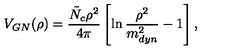
V _ { G N } ( \rho ) = \frac { \tilde { N } _ { c } \rho ^ { 2 } } { 4 \pi } \left[ \ln \frac { \rho ^ { 2 } } { m _ { d y n } ^ { 2 } } - 1 \right] ,